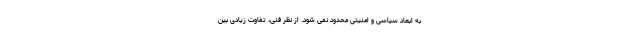
به ابعاد سیاسی و امنیتی محدود نمی شود. از نظر فنی، تفاوت زیادی بین